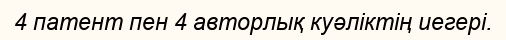
4 патент пен 4 авторлық куәліктің иегері.